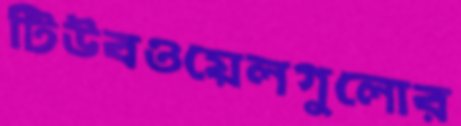
টিউবওয়েলগুলোর